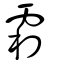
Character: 霜